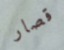
قصار